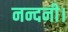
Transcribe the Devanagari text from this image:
नन्दनी।